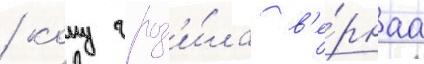
/ кому гроз'и́ла в'е́рнаа